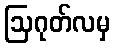
ဩဂုတ်လမှ